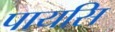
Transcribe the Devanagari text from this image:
पायसि